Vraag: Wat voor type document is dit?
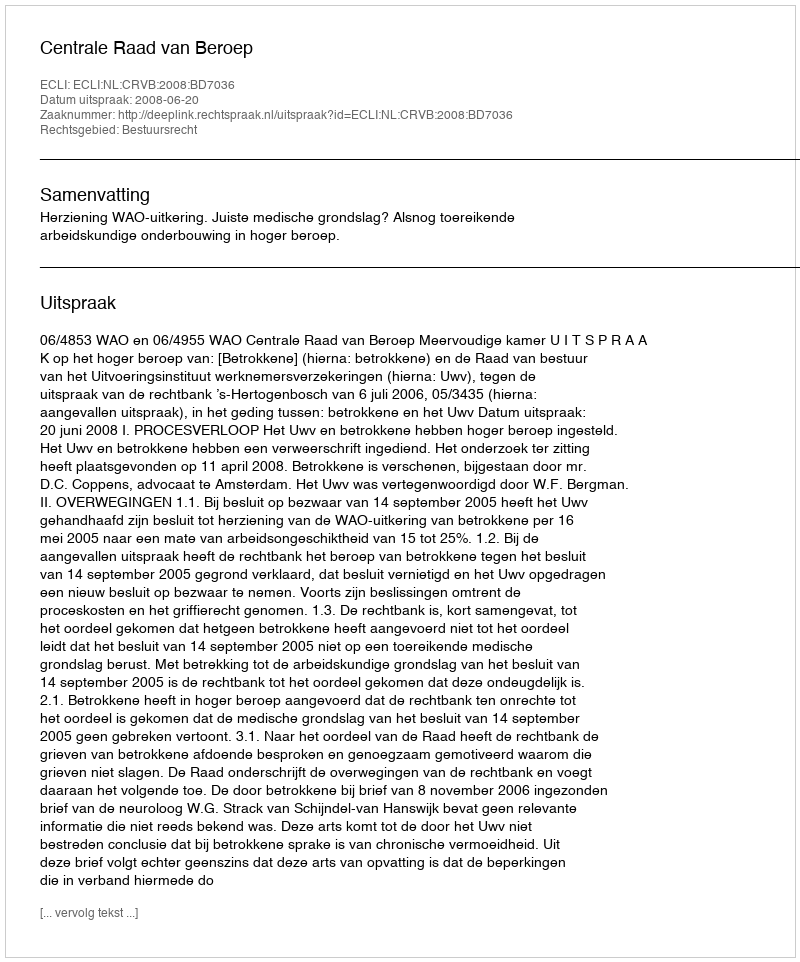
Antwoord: Uitspraak